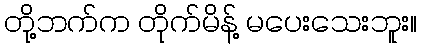
တို့ဘက်က တိုက်မိန့် မပေးသေးဘူး။